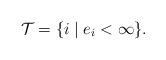
LaTeX: \begin{align*}\mathcal{T} = \{i \;|\; e_{i}<\infty\}.\end{align*}